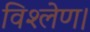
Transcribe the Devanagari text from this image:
विश्लेण।